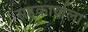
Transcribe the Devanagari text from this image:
सहकार्याला